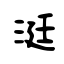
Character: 涏